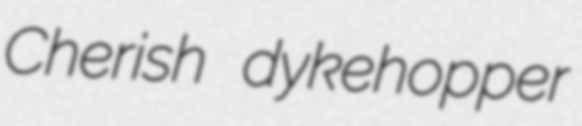
Cherish dykehopper